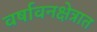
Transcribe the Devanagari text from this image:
वर्षावनक्षेत्रात